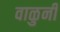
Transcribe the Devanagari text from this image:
वाळुनी